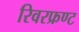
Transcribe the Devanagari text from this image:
रिवरफ्रण्ट